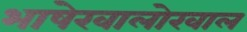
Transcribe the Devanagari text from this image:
भाषेखालोखाल